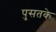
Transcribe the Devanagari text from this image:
पुसतके